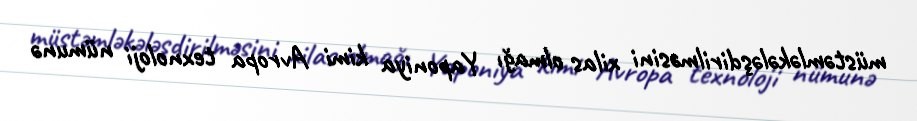
müstəmləkələşdirilməsini xilas olmağı Yaponiya kimi Avropa texnoloji nümunə